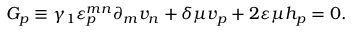
G _ { p } \equiv \gamma _ { 1 } \varepsilon _ { p } ^ { m n } \partial _ { m } v _ { n } + \delta \mu v _ { p } + 2 \varepsilon \mu h _ { p } = 0 .